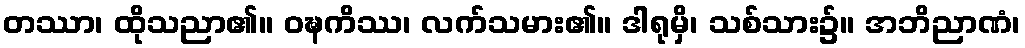
တဿာ၊ ထိုသညာ၏။ ဝဍ္ဎကိဿ၊ လက်သမား၏။ ဒါရုမှိ၊ သစ်သား၌။ အဘိညာဏံ၊